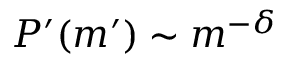
P ^ { \prime } ( m ^ { \prime } ) \sim m ^ { - \delta }